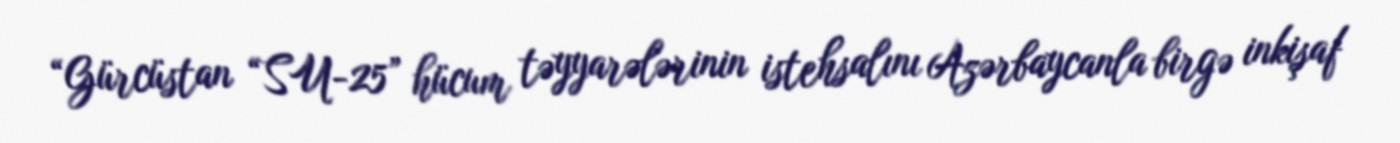
“Gürcüstan “SU-25” hücum təyyarələrinin istehsalını Azərbaycanla birgə inkişaf